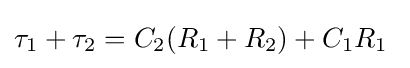
\tau _{1}+\tau _{2}=C_{2}(R_{1}+R_{2})+C_{1}R_{1}\